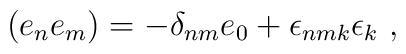
(e_n e_m) = - \delta_{nm}e_0 + \epsilon_{nmk}\epsilon_k ~,